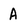
Character: A